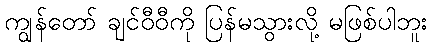
ကျွန်တော် ချင်ဝီဝီကို ပြန်မသွားလို့ မဖြစ်ပါဘူး